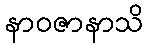
နာဝဇာနာသိ